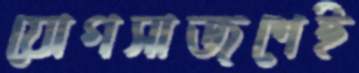
যোগসাজশেই